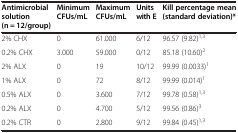
<table><thead><tr><td><b>Antimicrobial solution (n = 12/group)</b></td><td><b>Minimum CFUs/mL</b></td><td><b>Maximum CFUs/mL</b></td><td><b>Units with E</b></td><td><b>Kill percentage mean (standard deviation)*</b></td></tr></thead><tbody><tr><td>2% CHX</td><td>0</td><td>61.000</td><td>6/12</td><td>96.57 (9.82)<sup>1,3</sup></td></tr><tr><td>0.2% CHX</td><td>3.000</td><td>59.000</td><td>0/12</td><td>85.18 (10.60)<sup>2</sup></td></tr><tr><td>2% ALX</td><td>0</td><td>19</td><td>10/12</td><td>99.99 (0.0033)<sup>1</sup></td></tr><tr><td>1% ALX</td><td>0</td><td>72</td><td>8/12</td><td>99.99 (0.014)<sup>1</sup></td></tr><tr><td>0.5% ALX</td><td>0</td><td>3.600</td><td>7/12</td><td>99.78 (0.58)<sup>1,3</sup></td></tr><tr><td>0.2% ALX</td><td>0</td><td>4.700</td><td>5/12</td><td>99.56 (0.86)<sup>3</sup></td></tr><tr><td>0.2% CTR</td><td>0</td><td>2.800</td><td>9/12</td><td>99.84 (0.45)<sup>1,3</sup></td></tr></tbody></table>